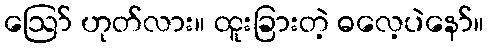
ဪ ဟုတ်လား။ ထူးခြားတဲ့ ဓလေ့ပဲနော်။